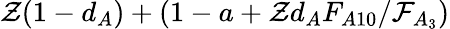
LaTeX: \mathcal{Z}(1-d_{A})+(1-a+\mathcal{Z}d_{A}F_{A10}/\mathcal{F}_{A_{3}})